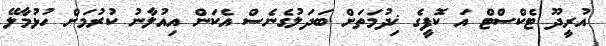
އުރީދޫ ޓެކްސްޓް އަ ކޮފީގެ ޚިދުމަތަށް ބަދަލުގެނެސް އެކަން އިއުލާނު ކުރުމަށް ހުޅުމާލޭ